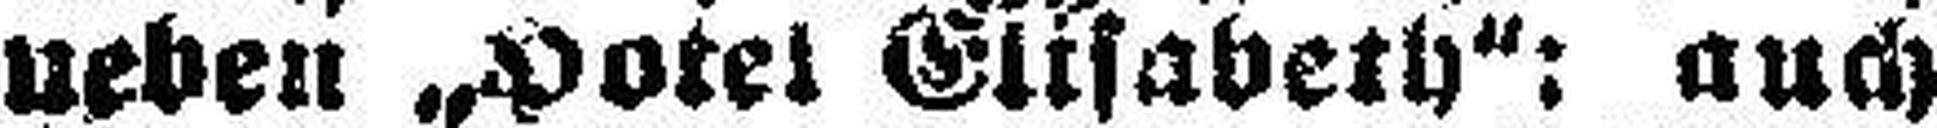
neben „Hotel Elisabeth“: auch